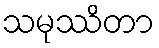
သမုဿိတာ